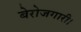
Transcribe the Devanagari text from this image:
बेरोजगारी।